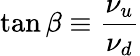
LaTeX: \tan\beta\equiv\frac{\nu_{u}}{\nu_{d}}